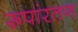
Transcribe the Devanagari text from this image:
रूपांरतण